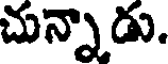
చున్నాడు.